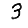
Digit: 3